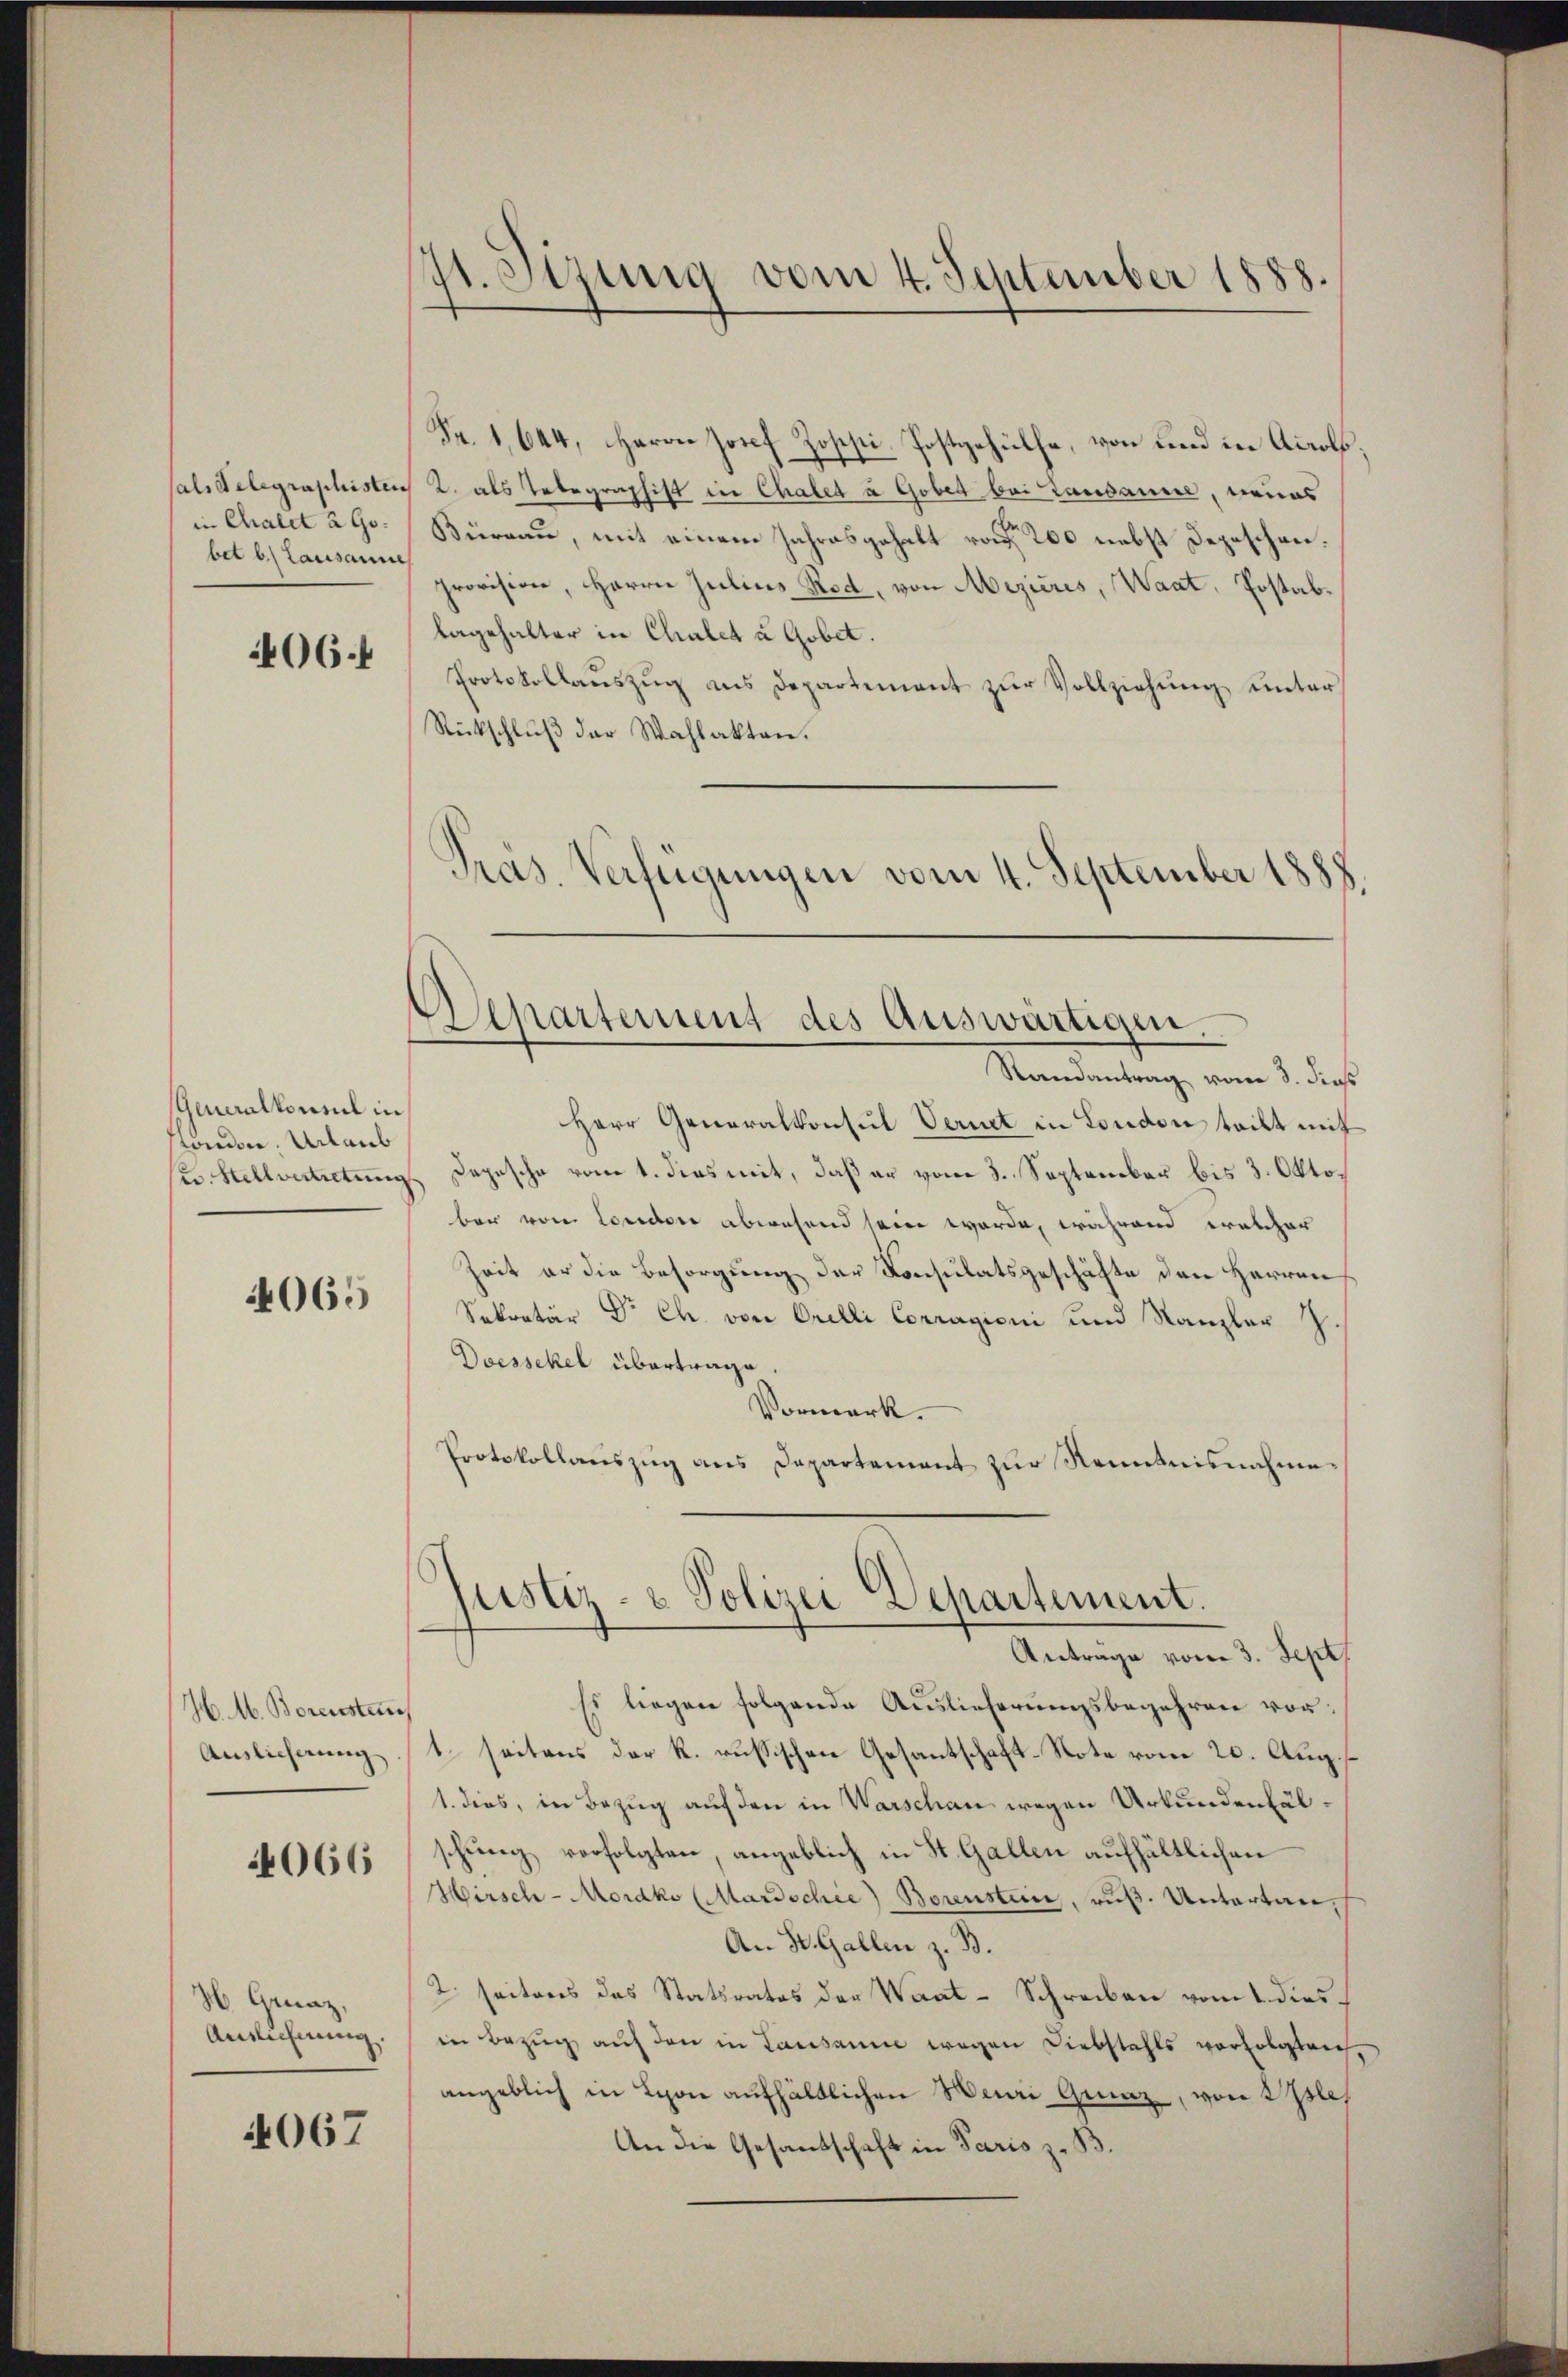
in Chalet 2 Gobet b. Lausannes

406 f

Generalkonsul in
flondon. Urlaub

4065

H. M. Borenstauf
Auslieferung

4066

H. Grenz,
Auslehnung.

4067

st. Sizung vom 4. September 1888.

Fr. 1,644, Herrn Josef Zossi. Postgehülfe, von und in Accols,
sals Telegraphisten 2. als Telegraphist in Chaler à Gober bei Landaure, neues
Büreau, mit einem Jahresgehalt von 200 nebst Depeschen.
provision, Herrn Julius Rod, von Mizieres, Waat, Postabbagehalter in Chalet à Gobet.
Protokollaŭszŭg als Departement zŭr Vollziehŭng unter
Rückschlŭβ der Wahlakten.
Pras. Verfügungen vom 4. September 1888.

Separtement des Auswärtigen.

Randantrag vom 3. dieß
Herr Generalkonsul Vernet in London teilt mit
u. Stellvertretung Depesche vom 1. dies mit, daß er vom 3. September bis 3. Oktobar vom Concore abwesend sein werde, während welcher
Zeit er die Besorgung der Consulatsgeschäfte den Herren
Sekretär Dr Ch. von Orelli Corragioni und Kanzler J.
Doessekel übertrage.
Vormerk.
Protokollauszug aus Departement zur Renntnisnahme

ustiz- & Polizei Departement.
Antrage vom 3. Sept.

Es liegen folgende Auslieferungsbegehren vor:
1. seitens der R. russischen Gesantschaft-Note vom 20. Aug.
1. dies, in Bezug auf den in Warschan wegen Urkundenfälschung verfolgten, angeblich in St. Gallen aufhältlichen
Hirsch-Morako (Mardschie) Berenstein, aus. Untertan,
An St. Gallen z. B.
2. Seitens das Statsrates der Wart-Schreiben vom 1. diesin Bezug auf den in Lausanne wegen Diebstahls vorfolgleich,
angeblich in Lyon aufhältlichen Henri Graz, von Isle
An die Gesandschaft in Paris z. B.